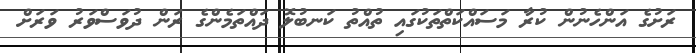
ރަށުގެ އަންހެނުން ކުރާ މަސައްކަތްތަކުގައި ތުއްތު ކަނބުލޮ ދައްތަމެންގެ ރަން ދުވަސްވަރު ވަރަށް